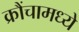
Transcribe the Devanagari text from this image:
क्रौंचामध्ये